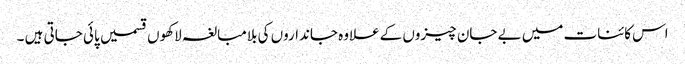
اس کائنات میں بے جان چیزوں کےعلاوہ جانداروں کی بلامبالغہ لاکھوں قسمیں پائی جاتی ہیں ۔